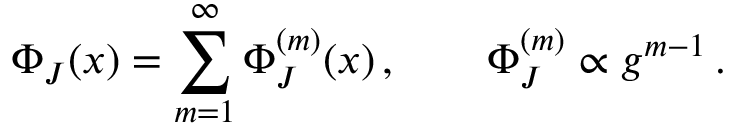
\Phi _ { J } ( x ) = \sum _ { m = 1 } ^ { \infty } \Phi _ { J } ^ { ( m ) } ( x ) \, , \qquad \Phi _ { J } ^ { ( m ) } \propto g ^ { m - 1 } \, .